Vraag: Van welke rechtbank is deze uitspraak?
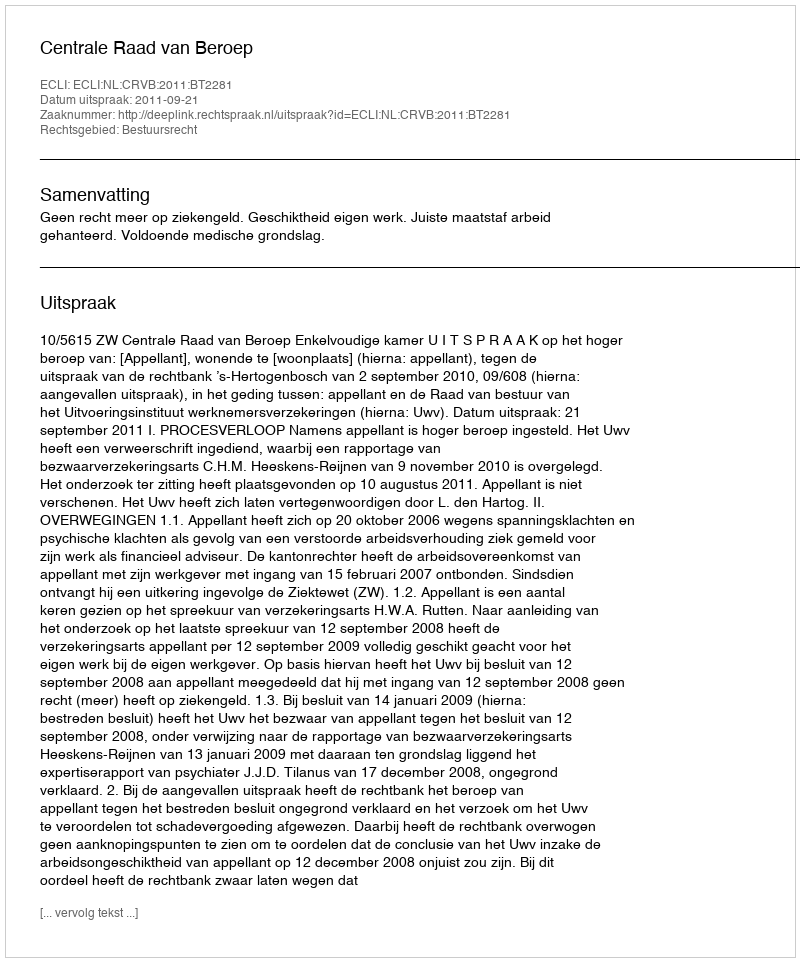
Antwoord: Centrale Raad van Beroep